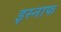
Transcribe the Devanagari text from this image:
इस्नाफ